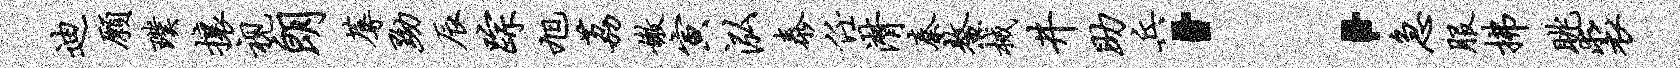
迪愿璞攘视朗蓐黝辰踪旭荔嫩寅泓泰任潸秦鳌械井助兵：急服拂眺裘